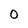
Character: 0